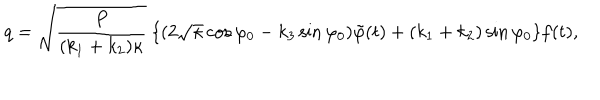
LaTeX: q = \sqrt { \frac { P } { ( k _ { 1 } + k _ { 2 } ) \kappa } } ~ \{ ( 2 \sqrt { \kappa } \cos \varphi _ { 0 } - k _ { 3 } \sin \varphi _ { 0 } ) \tilde { \varphi } ( t ) + ( k _ { 1 } + k _ { 2 } ) \sin \varphi _ { 0 } \} f ( t ) ,